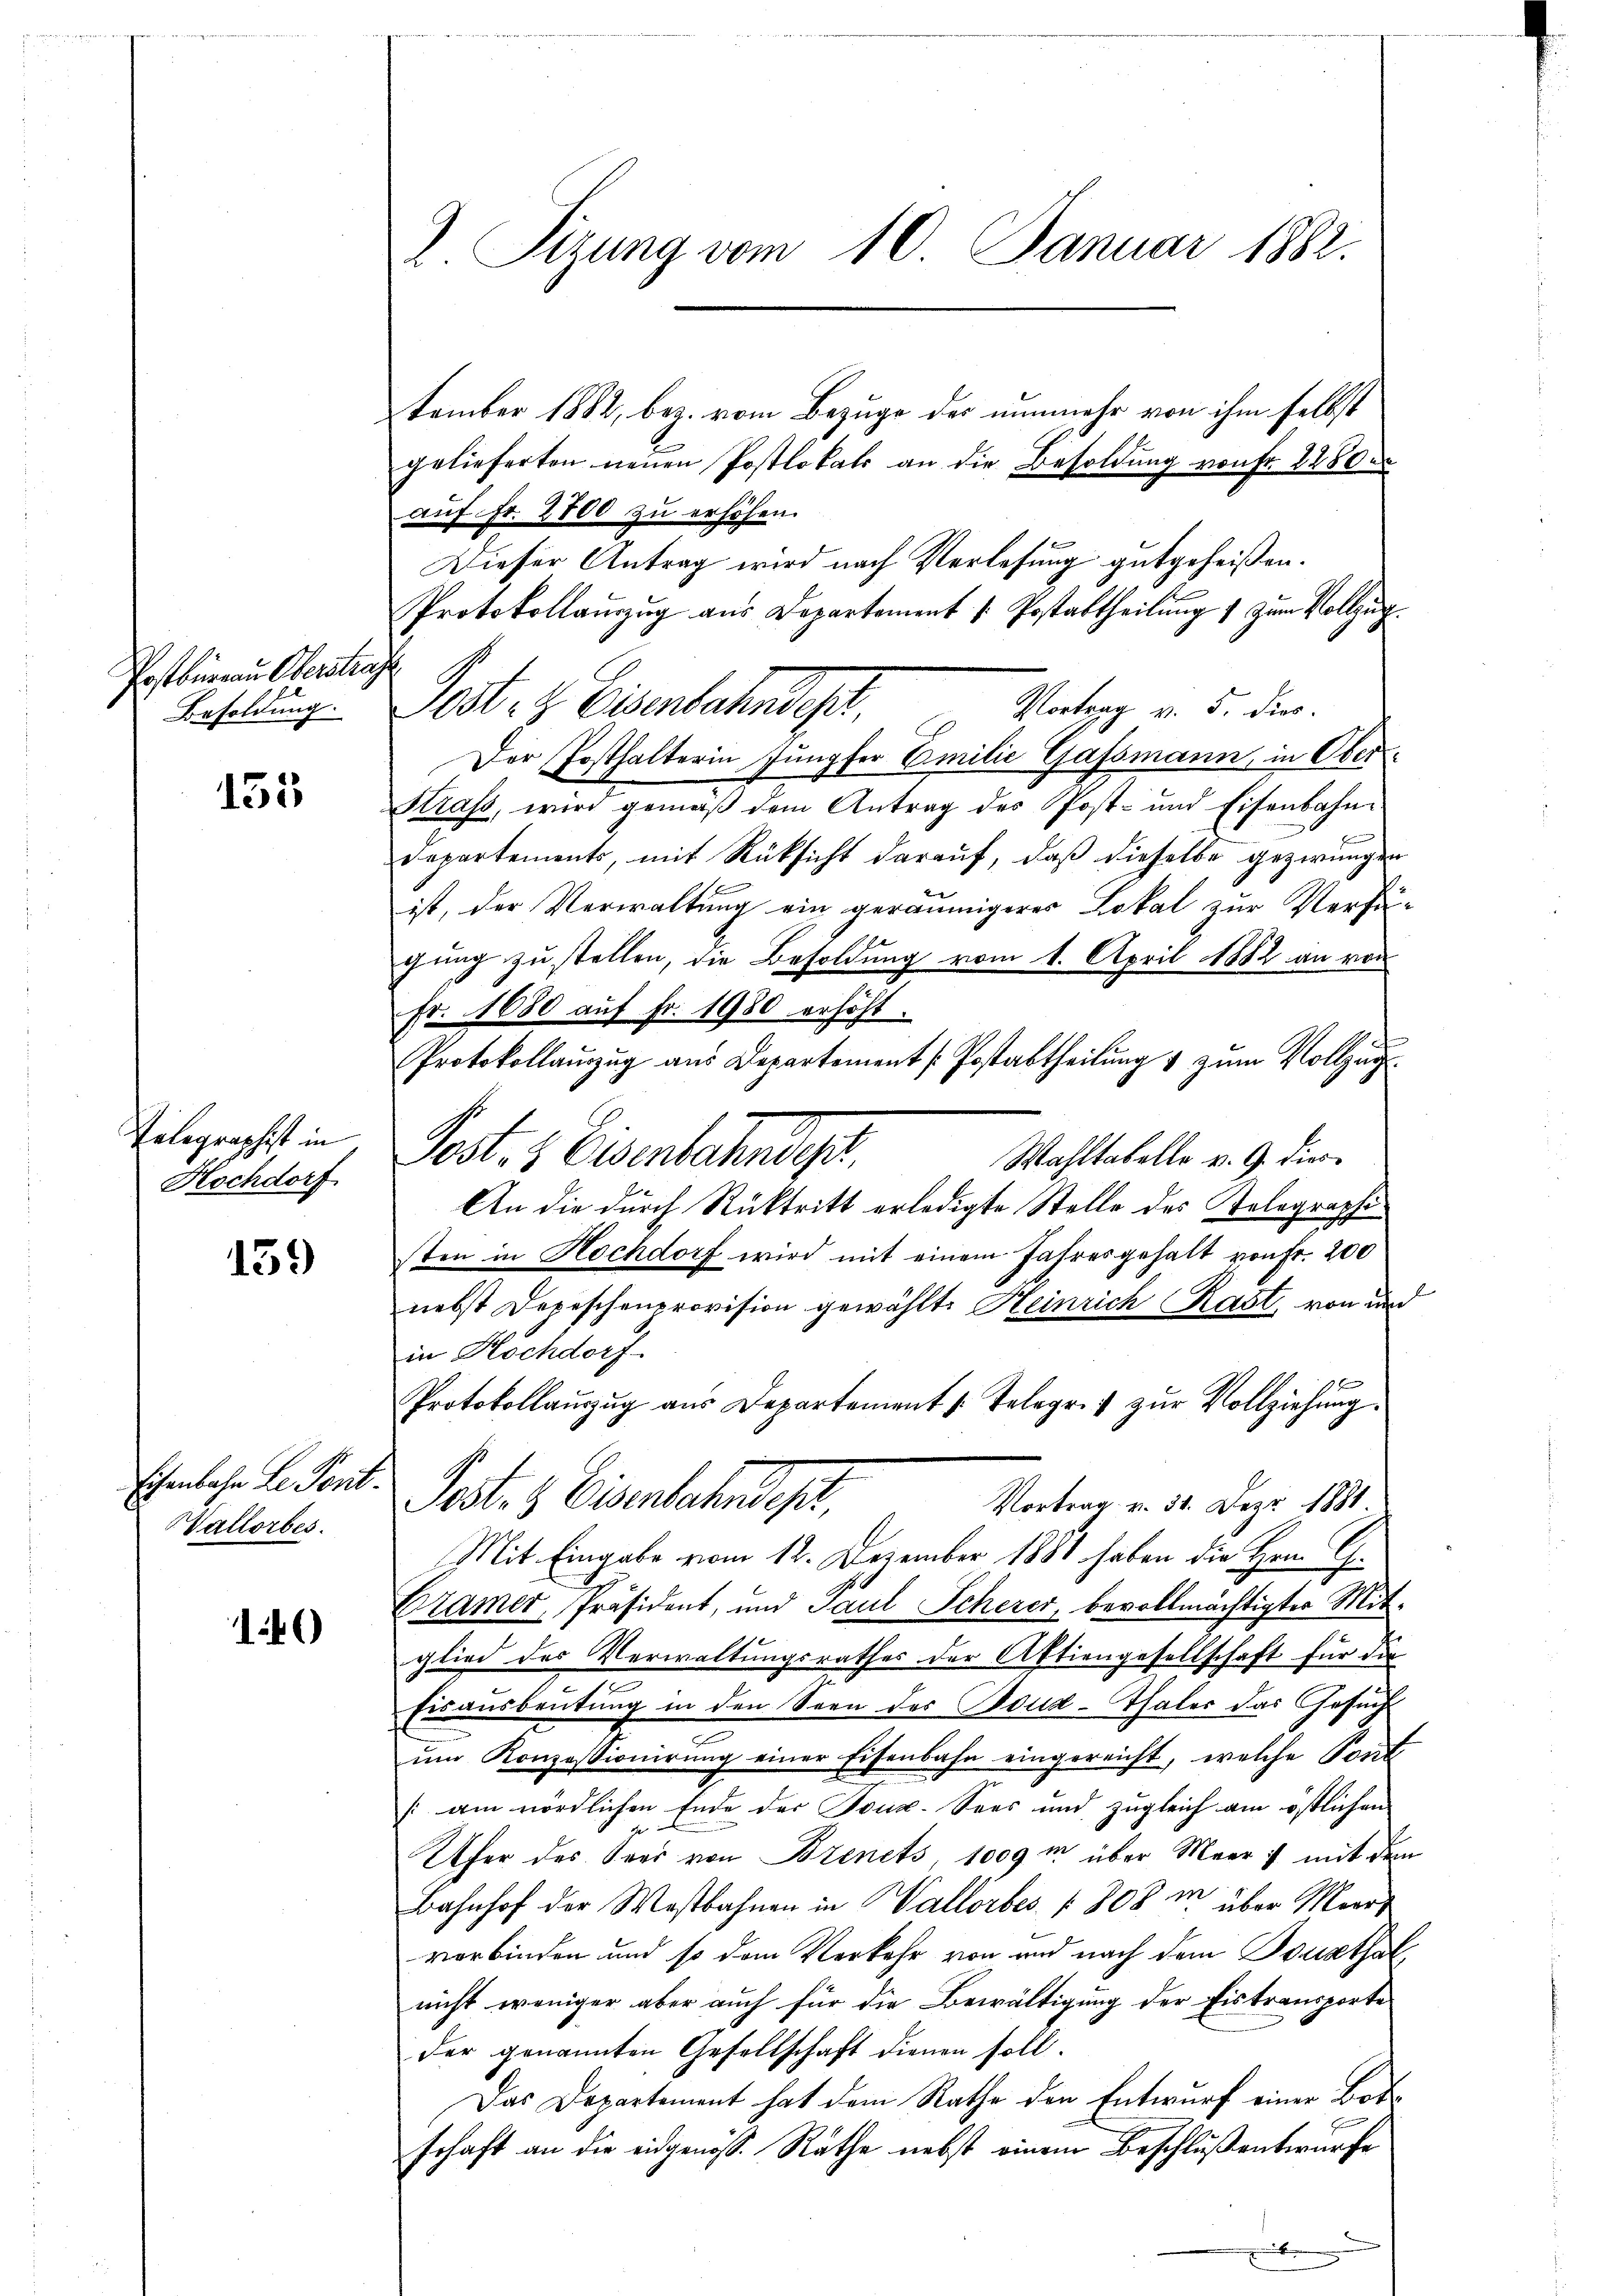
Postbüreau Oberstra
Besoldung.

153

Telegraphist in
Hochdorf

159

Eisenbahn Le Pent¬
Vallorbes.

14

Sizung vom 10. Januar 1882.

tember 1882, bez. vom Bezuge des nunmehr von ihm selbst
gelieferten neuen Postlokals an die Besoldung von Fr. 2280
auf Fr. 2800 zu erhöhen.
Dieser Antrag wird nach Verlesung gutgeheißen.
Protokollauszug aus Departement / Postattheilung 1 zum Vollzug
Post. G. Eisenbahndisch,
Vortrag v. 5. dies.
Der Posthalterin Jungfer Emilie Gassmann, in Ober¬
Straf, wird gemäß dem Antrag des Post- und Eisenbahn
Departements, mit Rüksicht darauf, daß dieselbe gezwungen
ist, der Verwaltung ein geräumigeres Lokal zur Verfügung zu stellen, die Besoldung vom 1. April 1882 an von
Fr. 1680 auf Fr. 1980 erhöht.
Protokollaŭzŭg aŭs Departement (Postabtheilŭng u zŭm Vollzug
Post- & Eisenbachendes
Wahltabelle v. 9. dies
An die durch Rücktritt erledigte Stelle des Telegraphisten in Hochdorf wird mit einem Jahresgehalt von Fr. 200
nebst Depeschenprovision gewählt. Heinrich Rast, von und
in Hochdorf
Protokollaŭszŭg aŭs Departement /: Telegr. u zŭr Vollziehŭng.
Post- & Eisenbahndep
Vortrag v. 31. Dez. 1881
Mit Eingabe vom 12. Dezember 1881 haben die Herrn G.
Bramer, Präsident, und Paul Scherer, bevollmächtigter Mitglied des Verwaltungsrathes der Aktiengesellschaft für die
Eisausbeutung in den Seen des Boud-Thaler das Gesuch
ŭm Konzessionirŭng einer Eisenbahn eingereicht, welche Pont
(am nördlichen Ende der Touz. Sees und zugleich am östlichen
Ufer des Sper von Bozenets, 1009 m über Meer; mit dem
Bahnhof der Westbahnen in Wallorbes [808m über Meert
verbinden und so den Verkehr von und nach dem Beurthal,
nicht weniger aber auch für die Bewältigung der Eistransporte
der genannten Gesellschaft dienen soll.
Das Departement hat dem Rathe den Entwurf einer Bota
schaft an die eidgenöss. Rathe nebst einem Beschluß entwurfe